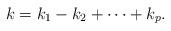
LaTeX: \begin{align*}k = k_1-k_2+\cdots+k_p.\end{align*}